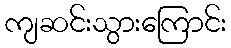
ကျဆင်းသွားကြောင်း